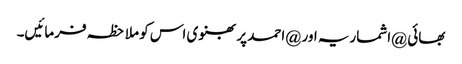
بھائی @اشماریہ اور @احمد پربھنوی اس کو ملاحظہ فرمائیں۔